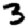
Digit: 3